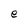
Character: e